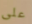
على